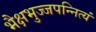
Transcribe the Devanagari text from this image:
भैक्षभुज्जपन्नित्यं